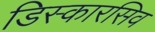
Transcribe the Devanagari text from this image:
डिस्कारसिव